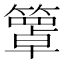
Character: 𥵙